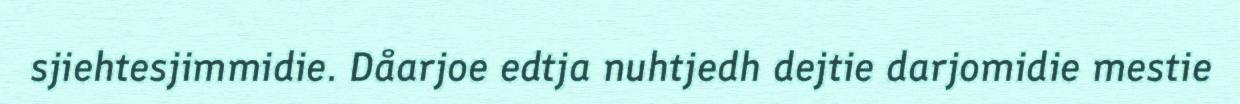
sjiehtesjimmidie. Dåarjoe edtja nuhtjedh dejtie darjomidie mestie